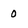
Character: O